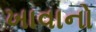
ખાવાનો